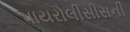
પાયરોલીસીસની